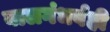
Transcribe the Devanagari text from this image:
बालगंधर्वही